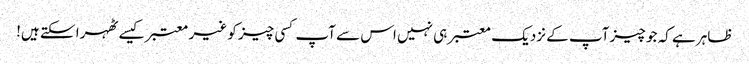
ظاہر ہے کہ جو چیز آپ کے نزدیک معتبر ہی نہیں اس سے آپ کسی چیز کو غیر معتبر کیسے ٹھہرا سکتے ہیں!